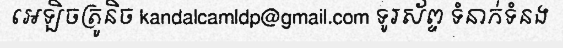
អេឡិចត្រូនិច kandalcamldp@gmail.com ទូរស័ព្ទ ទំនាក់ទំនង